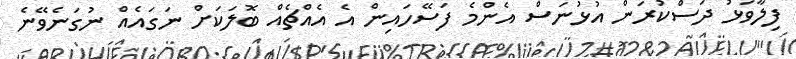
ފިލާވަޅު ދަސްކުރަން އުޅުނަސް އެންމެ ފަސޭހައިން އެ އެއްޗެއް ބޮލަކަށް ނަގައެއް ނުގަނެވޭނެ